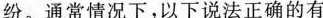
纷。通常情况下，以下说法正确的有